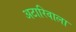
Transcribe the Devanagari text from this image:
अटारिवाला